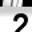
Digit: 2